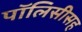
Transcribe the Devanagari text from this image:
पॉलिसीसह